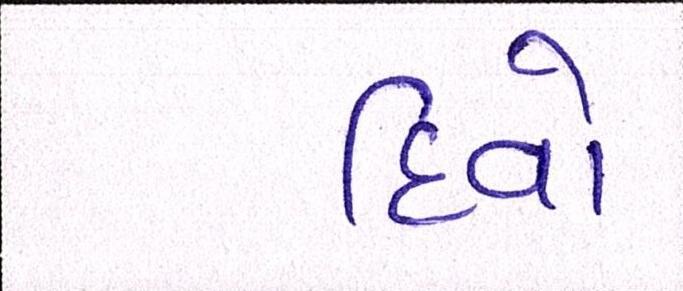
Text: દિવો